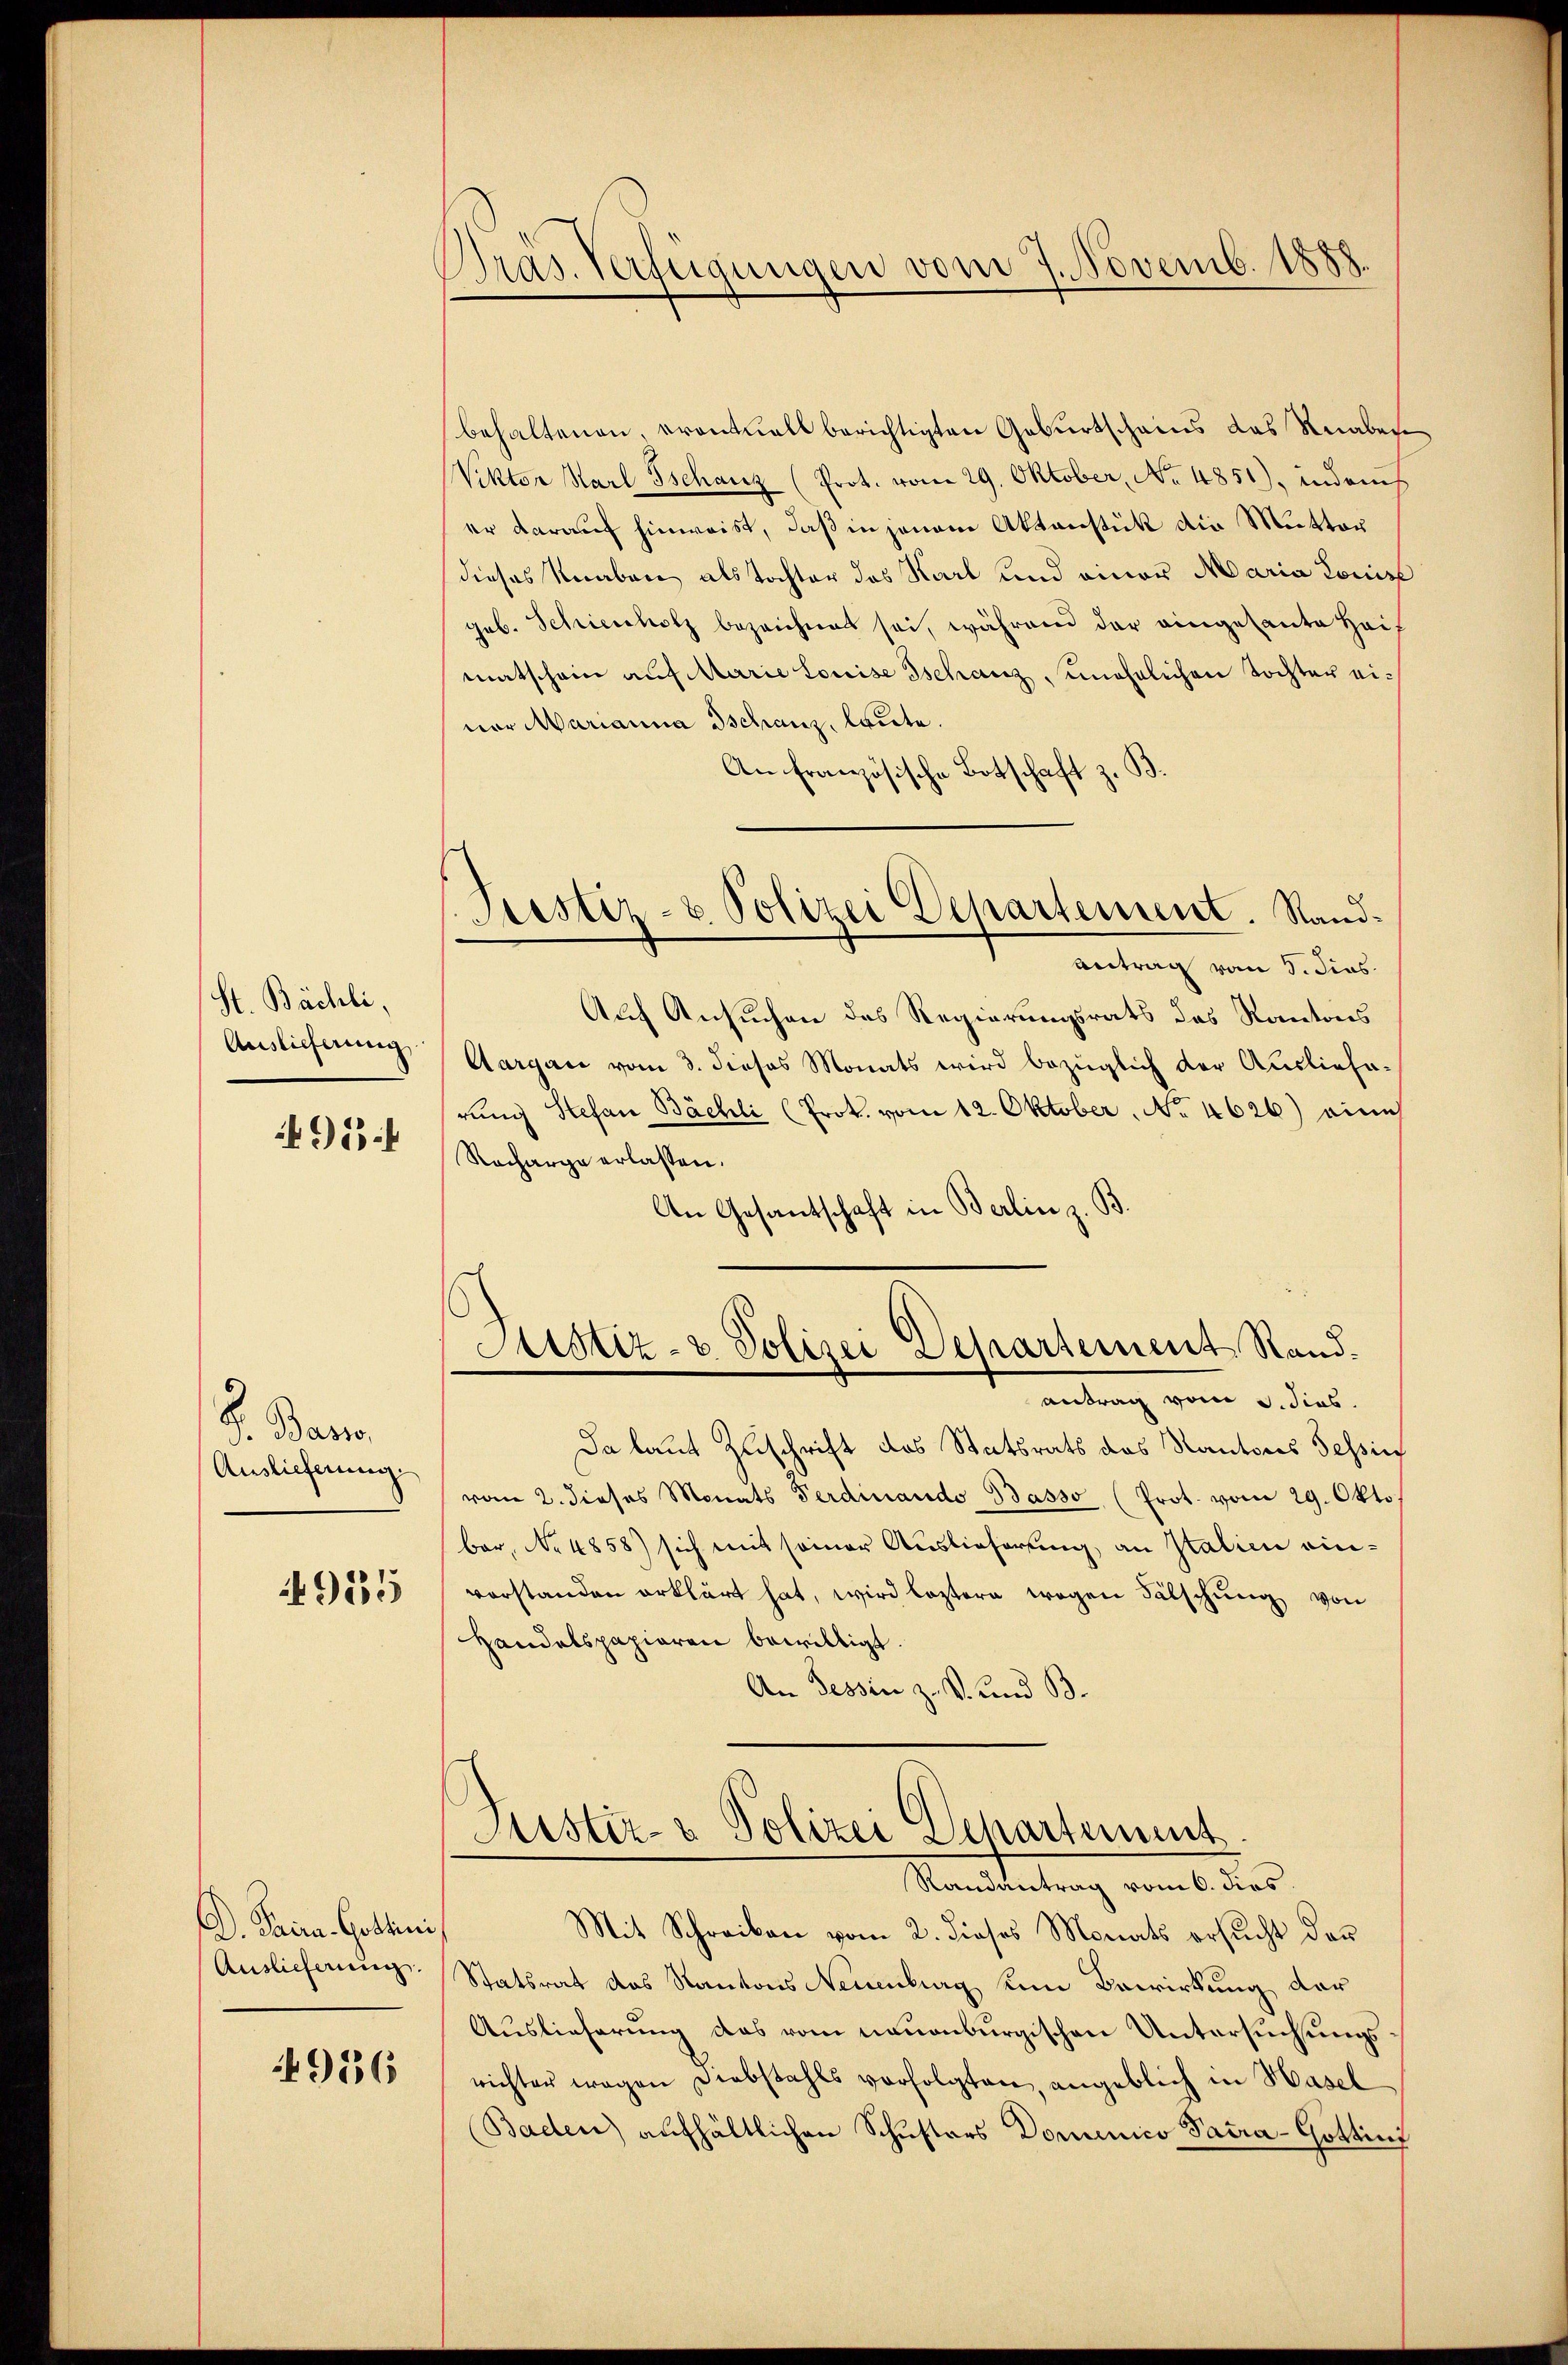
St. Bächli,
Auslieferung
495

d. Baro
Auslieferung

935

D. Prira. Gothini
Auslieferung.

4956

Pras. Verfügungen vom 7. Novemb. 1888.

(Justiz- & Polizei Departement. Sand¬

behaltenen, eventuell berichtigten Geburtscheins das Knaben¬
Viktor Karl Tschanz (Prot. vom 29. Oktober, No. 4851), indenh
er darauf hinweist, daß in jenem Aktenstück die Mutter
dieses Knaben als Tochter des Karl und einer Maria Louise
geb. Schriescholz bezeichnet sei, während der eingesante Heimatschein auf Marie Louise Tschanz unehelichen Tochter einer Marianna Tschanz, laute.
An französische Botschaft z. B.
Antrag vom 5. dies
Auf Ansuchen des Regierungsrats das Kantons
Aargau vom 3. dieses Monats wird bezüglich der Auslieferung Stefan Bächli (Prok. vom 12. Oktober, No 4626) eini
Racharge erlassen.
An Gesantschaft in Berlin z. B.
Justiz- & Polizei Departement Stand.
antrag vom 3. dies
Da laut Zuschrift das Statsrats das Kantons Tessin
vom 2. dieses Monats Ferdinando Basso (Prot. vom 29. Okto
ber, No 4858) sich mit seiner Auslieferung, an Italien einvorstanden erklärt hat, wird leztere wegen Fälschung von
Handelspapieren bewilligt.
An Tessin z. S. und B

Justiz- & Polizei Departement
Randantrag vom 6. dies

Mit Schreiben vom 2. dieses Monats ersucht der
Statsrat das Kantons Neuenburg um Bewirkung der
Auslieferung das vom neuenburgischen Untersuchungsrichten wegen Diebstahls verfolgten, angeblich in Hasel
Baden aufhältlichen Schusters Domenico Pacra-Gotting